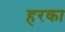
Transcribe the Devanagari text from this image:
हरका